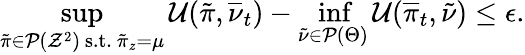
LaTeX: \operatorname*{sup}_{\tilde{\pi}\in\mathcal{P}(\mathcal{Z}^{2})\mathrm{~s.t.~}\tilde{\pi}_{z}=\mu}\mathcal{U}(\tilde{\pi},\overline{{\nu}}_{t})-\operatorname*{inf}_{\tilde{\nu}\in\mathcal{P}(\Theta)}\mathcal{U}(\overline{{\pi}}_{t},\tilde{\nu})\leq\epsilon.